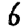
Digit: 6